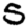
Digit: 5